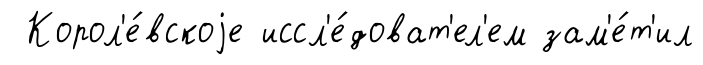
Корол'е́вскоjе иссл'е́доват'ел'ем зам'е́т'ил